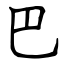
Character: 巴